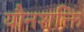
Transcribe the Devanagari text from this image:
यौनशक्ति